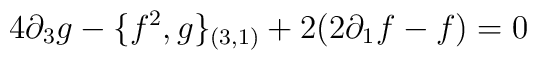
4\partial _3 g-\{f^2, g\}_{(3,1)}+2(2  \partial_{1} f-f)=0